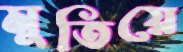
মুতিয়ে